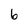
Character: 6